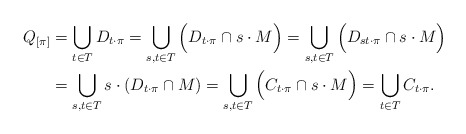
\begin{align*}Q_{[\pi]} & = \bigcup_{t \in T} D_{t \cdot \pi} = \bigcup_{s, t \in T} \Big( D_{t \cdot \pi} \cap s \cdot M \Big) = \bigcup_{s, t \in T} \Big( D_{s t \cdot \pi} \cap s \cdot M \Big)\\ & = \bigcup_{s, t \in T} s \cdot (D_{t \cdot \pi} \cap M) = \bigcup_{s, t \in T} \Big( C_{t \cdot \pi} \cap s \cdot M \Big) = \bigcup_{t \in T} C_{t \cdot \pi}.\end{align*}